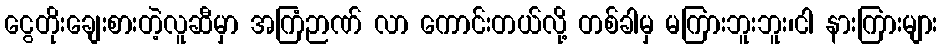
ငွေတိုးချေးစားတဲ့လူဆီမှာ အကြံဉာဏ် လာ ကောင်းတယ်လို့ တစ်ခါမှ မကြားဘူးဘူး၊ငါ နားကြားများ